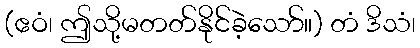
(ဧဝံ၊ ဤသို့မတတ်နိုင်ခဲ့သော်။) တံ ဒိသံ၊